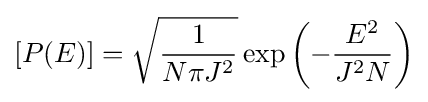
[P(E)]={\sqrt {\frac {1}{N\pi J^{2}}}}\exp \left(-{\dfrac {E^{2}}{J^{2}N}}\right)